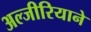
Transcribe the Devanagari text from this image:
अल्जीरियाने